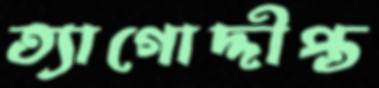
ত্যাগোদ্দীপ্ত